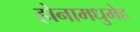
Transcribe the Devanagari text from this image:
होनामधुमेह